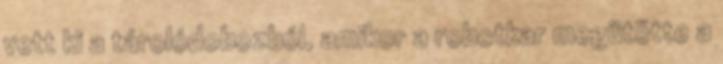
vett ki a tárolódobozból, amikor a robotkar megütötte a